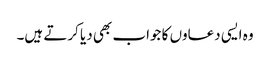
وہ ایسی دعاوں کا جواب بھی دیا کرتے ہیں۔